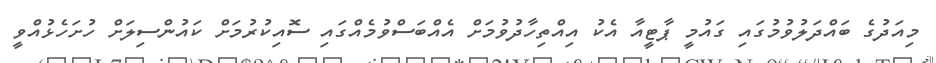
މިއަދުގެ ބައްދަލުވުމުގައި ގައުމީ ޕާޓީއާ އެކު އިއްތިހާދުވުމަށް އެއްބަސްވުމެއްގައި ސޮއިކުރުމަށް ކައުންސިލަށް ހުށަހެޅުއްވީ